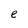
Character: e